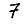
Digit: 7